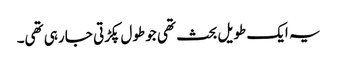
یہ ایک طویل بحث تھی جو طول پکڑتی جا رہی تھی۔